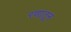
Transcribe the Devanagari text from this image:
रणातून